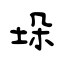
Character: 垛